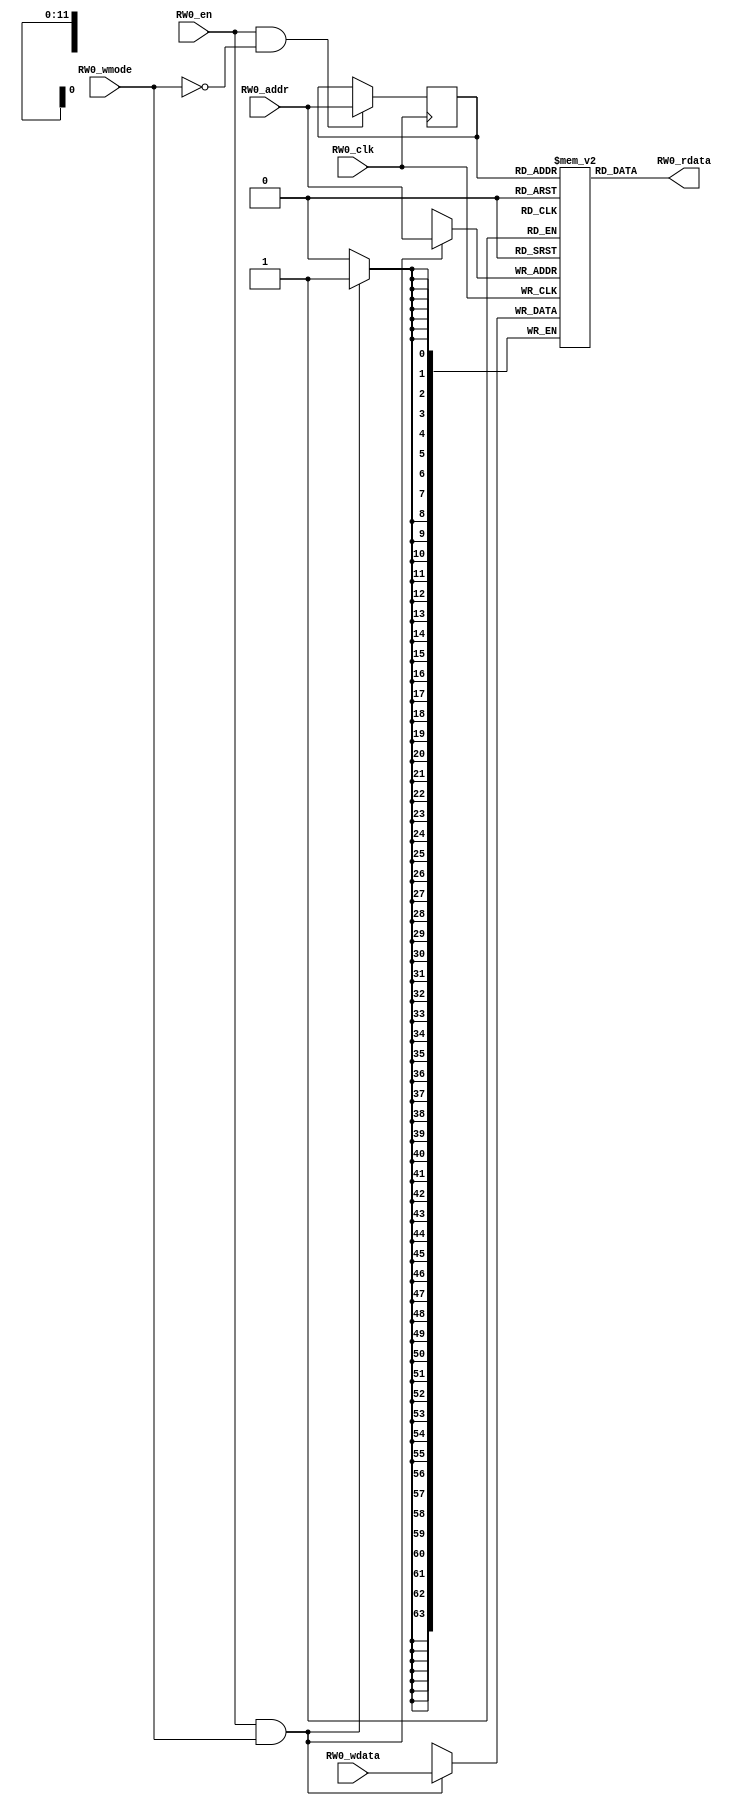
// name:array_25_ext depth:4096 width:64 masked:false maskGran:64 maskSeg:1
module array_25_ext(
  input RW0_clk,
  input [11:0] RW0_addr,
  input RW0_en,
  input RW0_wmode,
  input [63:0] RW0_wdata,
  output [63:0] RW0_rdata
);


  reg reg_RW0_ren;
  reg [11:0] reg_RW0_addr;
  reg [63:0] ram [4095:0];
  `ifdef RANDOMIZE_MEM_INIT
    integer initvar;
    initial begin
      #`RANDOMIZE_DELAY begin end
      for (initvar = 0; initvar < 4096; initvar = initvar+1)
        ram[initvar] = {2 {$random}};
      reg_RW0_addr = {1 {$random}};
    end
  `endif
  always @(posedge RW0_clk)
    reg_RW0_ren <= RW0_en && !RW0_wmode;
  always @(posedge RW0_clk)
    if (RW0_en && !RW0_wmode) reg_RW0_addr <= RW0_addr;
  always @(posedge RW0_clk)
    if (RW0_en && RW0_wmode) begin
      ram[RW0_addr][63:0] <= RW0_wdata[63:0];
    end
  `ifdef RANDOMIZE_GARBAGE_ASSIGN
  reg [63:0] RW0_random;
  `ifdef RANDOMIZE_MEM_INIT
    initial begin
      #`RANDOMIZE_DELAY begin end
      RW0_random = {$random, $random};
      reg_RW0_ren = RW0_random[0];
    end
  `endif
  always @(posedge RW0_clk) RW0_random <= {$random, $random};
  assign RW0_rdata = reg_RW0_ren ? ram[reg_RW0_addr] : RW0_random[63:0];
  `else
  assign RW0_rdata = ram[reg_RW0_addr];
  `endif

endmodule